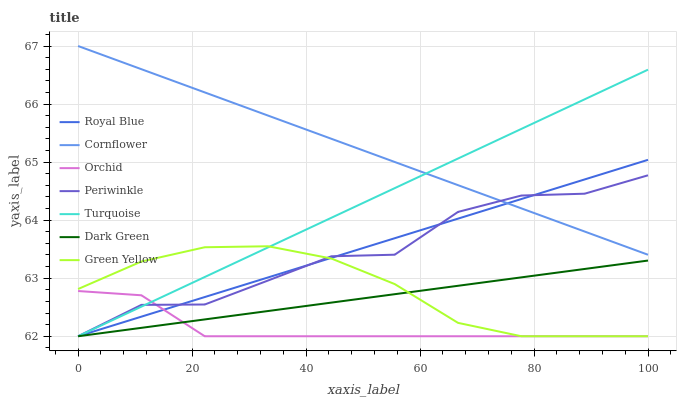
| xaxis_label | Royal Blue | Cornflower | Orchid | Periwinkle | Turquoise | Dark Green | Green Yellow |
 | --- | --- | --- | --- | --- | --- | --- | --- |
 | 0 | 62 | 67 | 62.8 | 62 | 62 | 62 | 62.8 |
 | 11.1 | 62.3 | 66.6 | 62.7 | 62.5 | 62.5 | 62.1 | 63.3 |
 | 22.2 | 62.7 | 66.2 | 62 | 62.5 | 63 | 62.3 | 63.5 |
 | 33.3 | 63 | 65.8 | 62 | 63 | 63.5 | 62.4 | 63.6 |
 | 44.4 | 63.4 | 65.4 | 62 | 63.4 | 64 | 62.6 | 63.3 |
 | 55.6 | 63.7 | 65 | 62 | 63.4 | 64.6 | 62.7 | 62.9 |
 | 66.7 | 64 | 64.6 | 62 | 64.1 | 65.1 | 62.9 | 62.2 |
 | 77.8 | 64.4 | 64.2 | 62 | 64.4 | 65.6 | 63 | 62 |
 | 88.9 | 64.7 | 63.8 | 62 | 64.5 | 66.1 | 63.2 | 62 |
 | 100 | 65 | 63.4 | 62 | 64.8 | 66.6 | 63.3 | 62 |